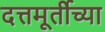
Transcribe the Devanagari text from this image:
दत्तमूर्तीच्या